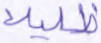
ظليلا